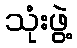
သုံးဖွဲ့